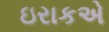
ઇરાકએ